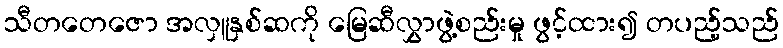
သီတတေဇော အလှူနှစ်ဆကို မြေဆီလွှာဖွဲ့စည်းမှု ဖွင့်ထား၍ တပည့်သည်